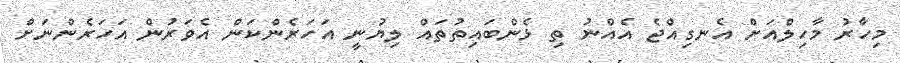
މިހާރު މާހިލްއަށް އެނގިއްޖެ އެއްނު ތި ޅެންބައިތުތައް ލިޔުނީ އަހަރެންކަން އެވަރުން އަހަރެންނަށް